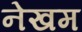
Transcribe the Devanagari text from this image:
नेखम